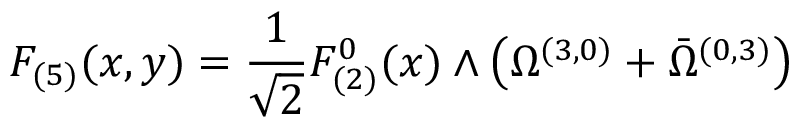
F _ { ( 5 ) } ( x , y ) = \frac 1 { \sqrt { 2 } } F _ { ( 2 ) } ^ { 0 } ( x ) \wedge \left( \Omega ^ { ( 3 , 0 ) } + \bar { \Omega } ^ { ( 0 , 3 ) } \right)